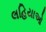
લહિયાઓ